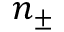
n _ { \pm }